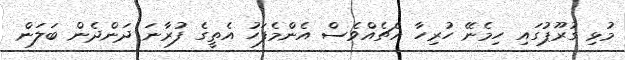
މުޅި ގުރޫޕުގައި ހިމެނޭ ހުރިހާ އެޗެއްވެސް އެންމެފަހު އެތީގެ ފުރާނަ ދަންދެން ބަލަން